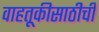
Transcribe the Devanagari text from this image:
वाहतूकीसाठीची